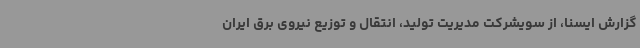
گزارش ایسنا، از سویشرکت مدیریت تولید، انتقال و توزیع نیروی برق ایران